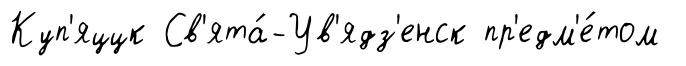
Куп'яццк Св'ята́-Ув'ядз'енск пр'едм'е́том